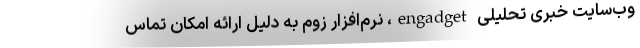
وب‌سایت خبری تحلیلی engadget، نرم‌افزار زوم به دلیل ارائه امکان تماس